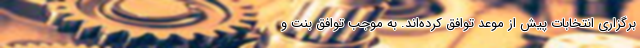
برگزاری انتخابات پیش از موعد توافق کرده‌اند. به موجب توافق بنت و